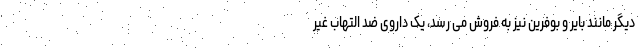
دیگر مانند بایر و بوفرین نیز به فروش می رسد، یک داروی ضد التهاب غیر